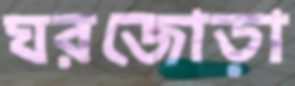
ঘরজোড়া